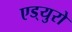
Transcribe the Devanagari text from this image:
एड्‌युरो